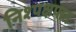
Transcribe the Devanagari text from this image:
निश्पक्षपात